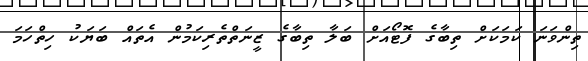
ތިންވަނަ ކަމަކަށް ތިބާގެ ފޮޓޯއަށް ބަލާ ތިބާގެ ޒީނަތްތެރިކަމުން އެތައް ބަޔަކު ހިތްހަމަ